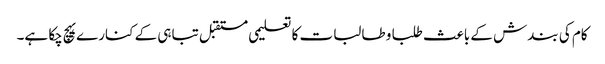
کام کی بندش کے باعث طلبا و طالبات کا تعلیمی مستقبل تباہی کے کنارے پہچ چکا ہے۔